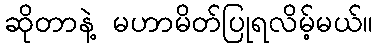
ဆိုတာနဲ့ မဟာမိတ်ပြုရလိမ့်မယ်။